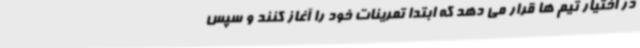
در اختیار تیم ها قرار می دهد که ابتدا تمرینات خود را آغاز کنند و سپس